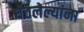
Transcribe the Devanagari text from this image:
घेतलेल्यांना